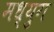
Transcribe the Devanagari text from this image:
मध्युग